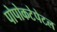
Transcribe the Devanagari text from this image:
पोपोकटेपेटल